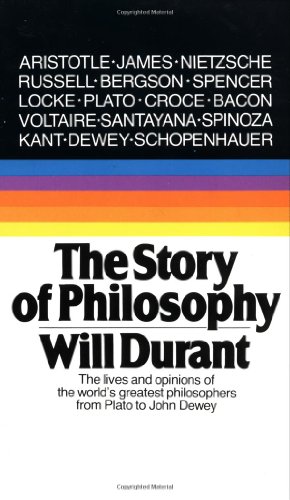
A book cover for The Story of Philosophy: The Lives and Opinions of the World's Greatest Philosophers; Will Durant; Biographies & Memoirs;